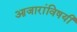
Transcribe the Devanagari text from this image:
आजारांविषयी